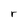
Character: r